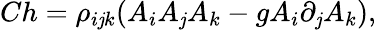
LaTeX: Ch=\rho_{i\mathit{j}k}(A_{i}A_{\mathit{j}}A_{k}-gA_{i}\partial_{\mathit{j}}A_{k}),